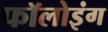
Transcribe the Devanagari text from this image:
फॉलोइंग